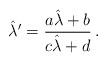
LaTeX: \begin{align*}\hat{\lambda}^{\prime}=\frac{a\hat{\lambda}+b}{c\hat{\lambda}+d}\, .\end{align*}